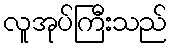
လူအုပ်ကြီးသည်